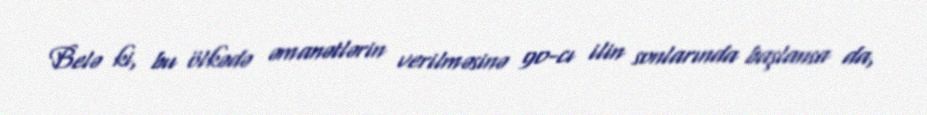
Belə ki, bu ölkədə əmanətlərin verilməsinə 90-cı ilin sonlarında başlansa da,